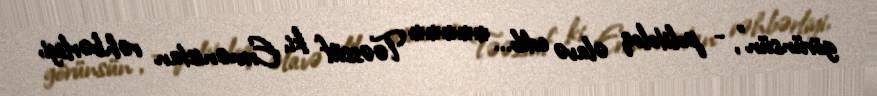
görünsün", - politoloq əlavə edib... ***** Təəssüf ki, Ermənistan rəhbərliyi,